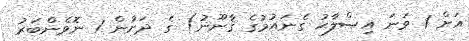
އަށް 1 ވަނަ އިޞްލާޙު ގެނައުމުގެ ޤާނޫނު) ގެ ދަށުން 1 ނޮވެންބަރު